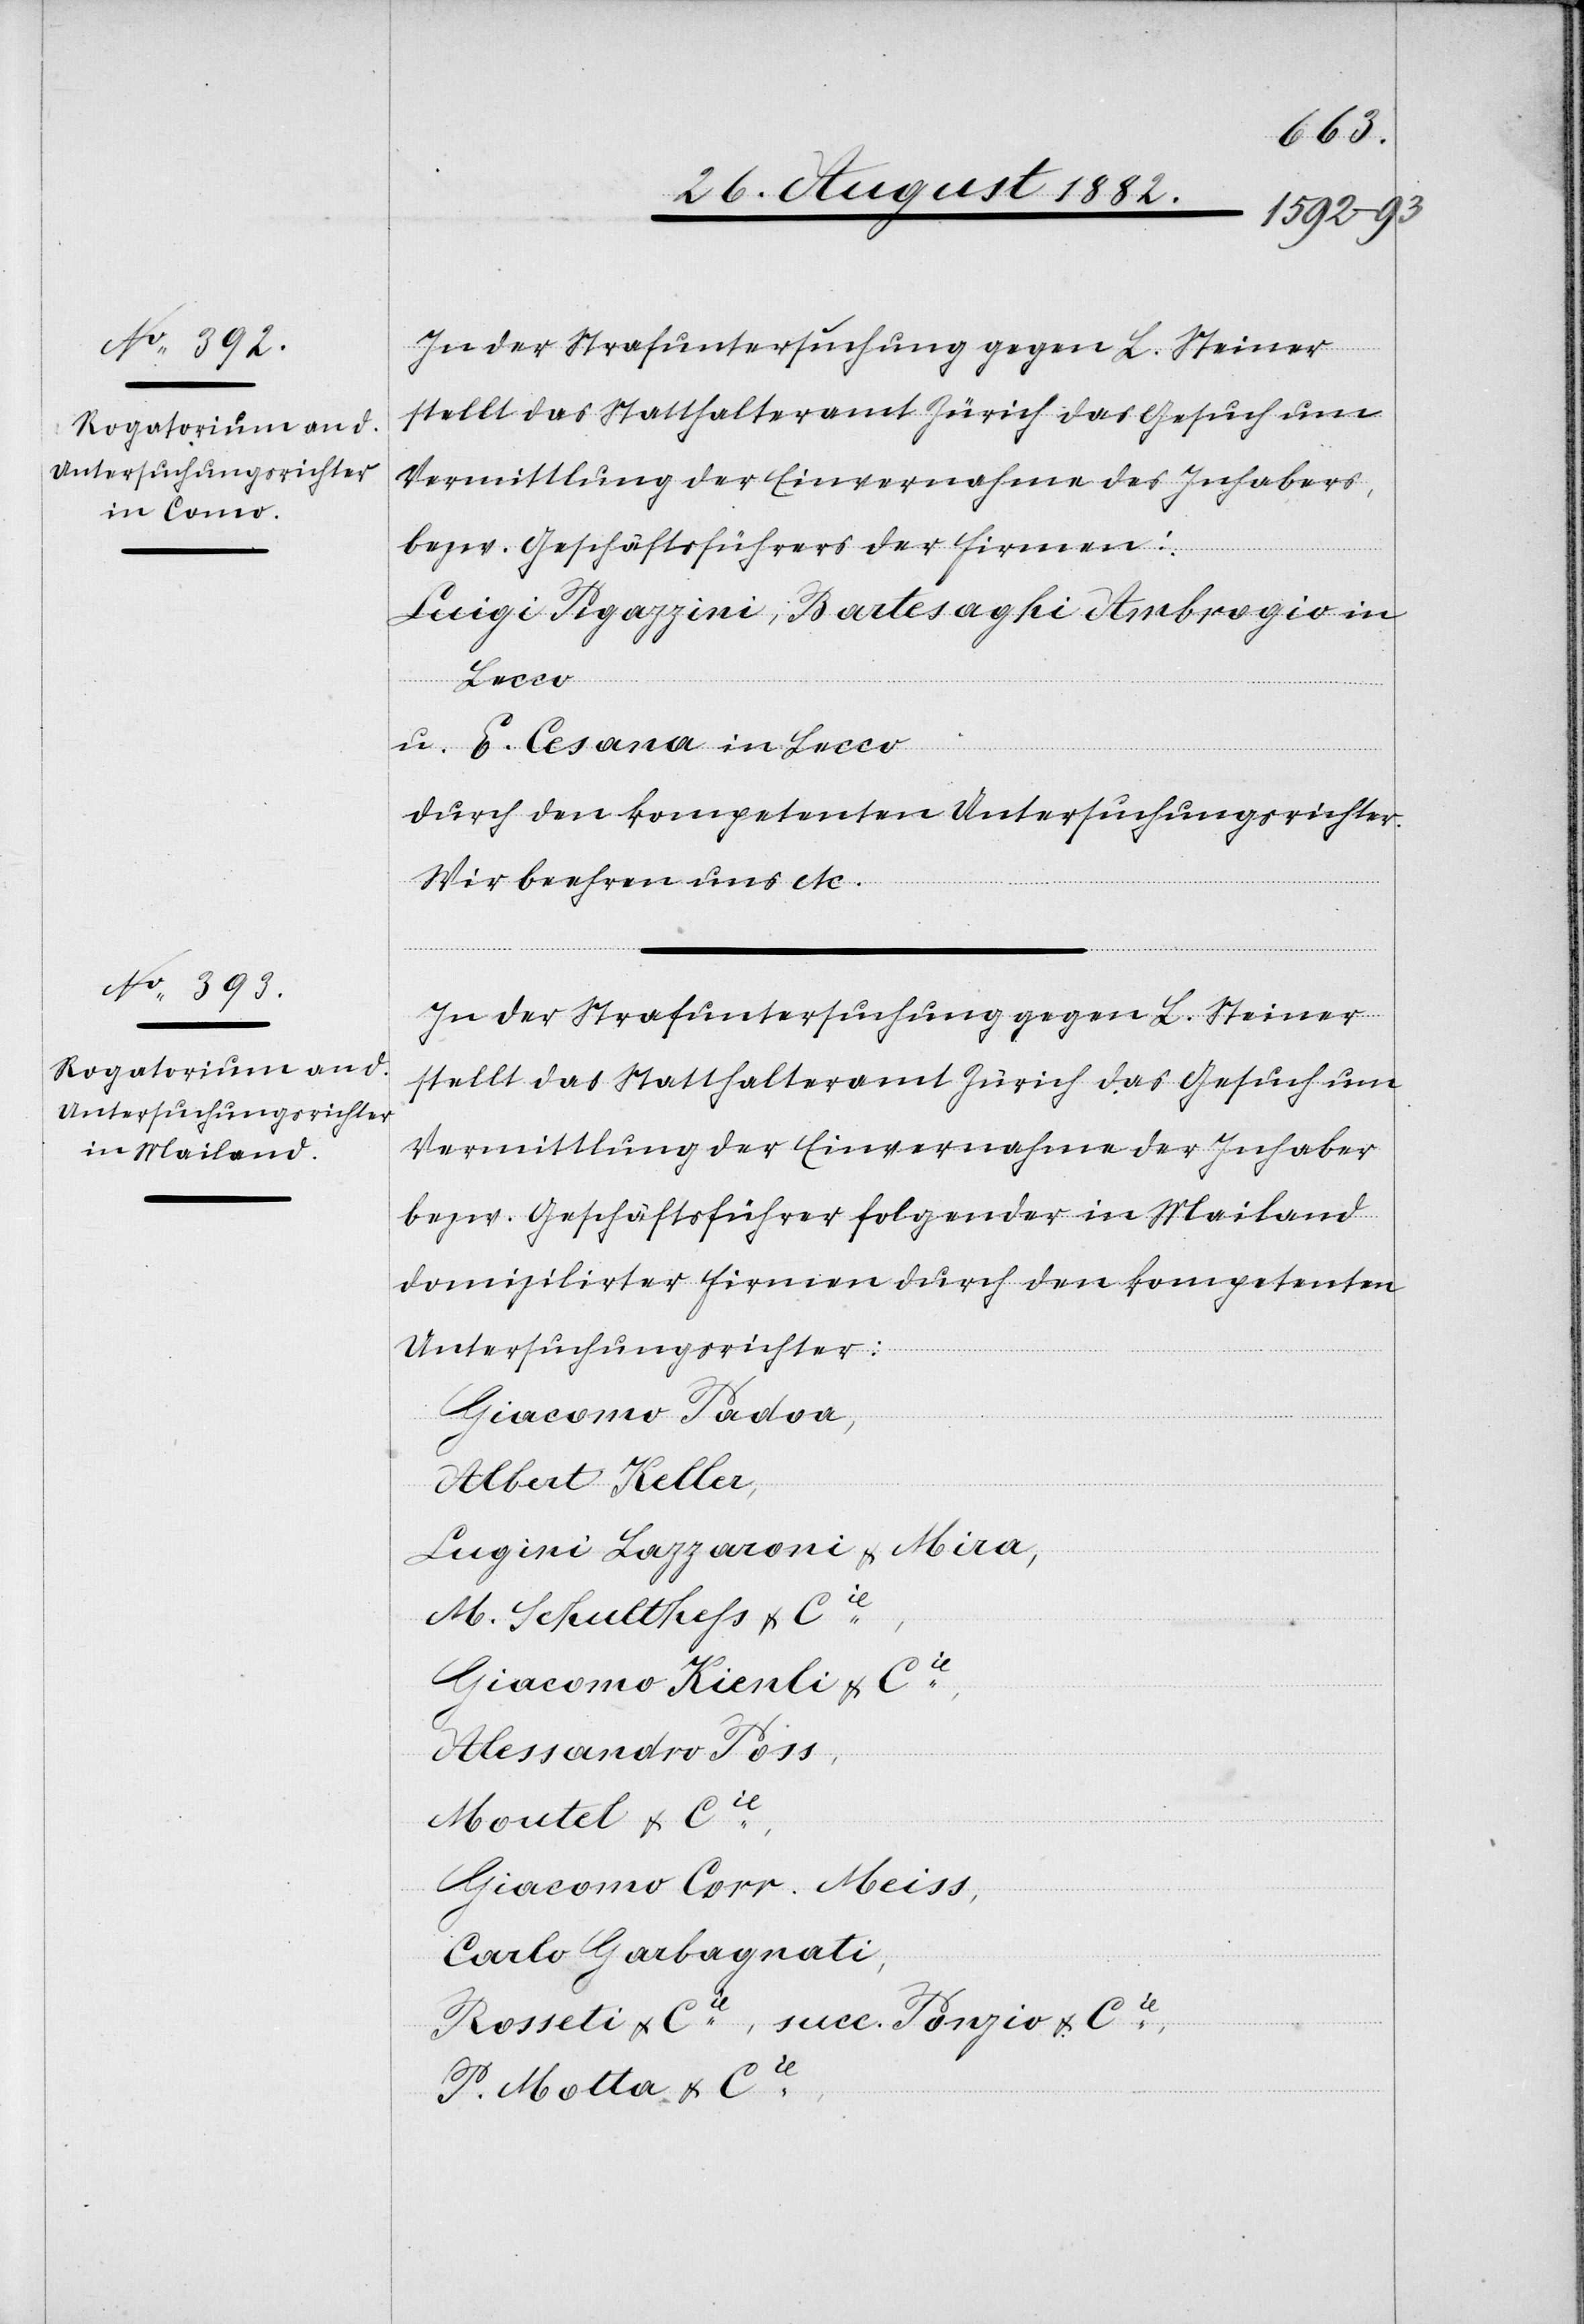
In der Strafuntersuchung gegen L. Steiner
stellt das Statthalteramt Zürich das Gesuch um
Vermittlung der Einvernahme des Inhabers,
bezw. Geschäftsführers der Firmen:
Luigi Pigazzini, Bartesaghi Ambrogio in
Lecco
u. E. Cesana in Lecco
durch den kompetenten Untersuchungsrichter.
Wir beehren uns etc.
In der Strafuntersuchung gegen L. Steiner
stellt das Statthalteramt Zürich das Gesuch um
Vermittlung der Einvernahme der Inhaber
bezw. Geschäftsführer folgender in Mailand
domizilirter Firmen durch den kompetenten
Untersuchungsrichter:
Giacomo Padoa,
Albert Keller,
Lugini Lazzaroni & Mira,
M. Schulthess & Cie,
Giacomo Kienli & Cie,
Alessandro Poss,
Moutel & Cie,
Giacomo Corr. Meiss,
Carlo Harbagnati,
Rosset & Cie, succ. Pongio & Cie,
P. Motta & Cie,